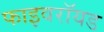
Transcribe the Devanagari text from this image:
फाइवरॉयड